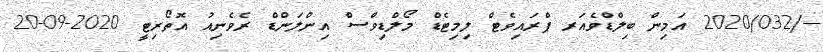
--/2020/032 އަމިން ބިލްޑްވެއަރ ޕްރައިވެޓް ލިމިޓެޑް މޯލްޑިވްސް އިންލަންޑް ރެވެނިއު އޮތޯރިޓީ 2020-09-20